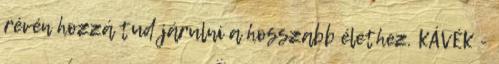
révén hozzá tud járulni a hosszabb élethez. KÁVÉK -